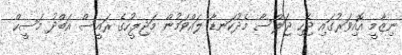
ނިޒާމީ އޮއިވަރުގައި ޖެހި ޖަލްސާ މެދުކަނޑާ ލައްވަމުން މަޖިލީހުގެ ރައީސް އަބްދު މަސީހް